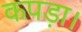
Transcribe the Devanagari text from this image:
कपड़ा।